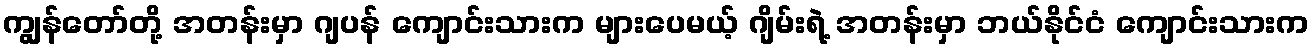
ကျွန်တော်တို့ အတန်းမှာ ဂျပန် ကျောင်းသားက များပေမယ့် ဂျိမ်းရဲ့ အတန်းမှာ ဘယ်နိုင်ငံ ကျောင်းသားက